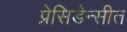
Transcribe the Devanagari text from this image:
प्रेसिडेन्सीत